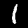
Label: 1